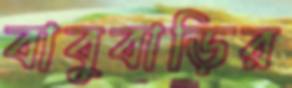
বাবুবাড়ির